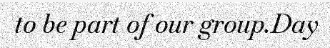
to be part of our group.Day